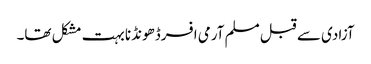
آزادی سے قبل مسلم آرمی افسرڈھونڈنا بہت مشکل تھا۔